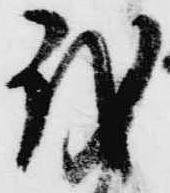
我